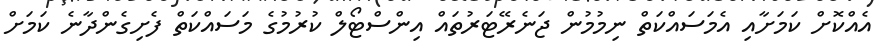
އެއްކޮށް ކަމަށާއި އެމަސައްކަތް ނިމުމުން ޖަނެރޭޓަރުތައް އިންސްޓޯލް ކުރުމުގެ މަސައްކަތް ފެށިގެންދާނެ ކަމަށް